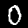
Label: 0